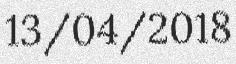
13/04/2018